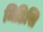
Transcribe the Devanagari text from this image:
मिडिसि